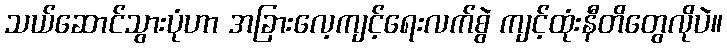
သယ်ဆောင်သွားပုံဟာ အခြားလေ့ကျင့်ရေးလက်စွဲ ကျင့်ထုံးနီတိတွေလိုပဲ။